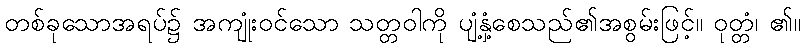
တစ်ခုသောအရပ်၌ အကျုံးဝင်သော သတ္တဝါကို ပျံ့နှံ့စေသည်၏အစွမ်းဖြင့်။ ဝုတ္တံ၊ ၏။